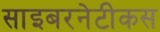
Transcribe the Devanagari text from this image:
साइबरनेटीकस